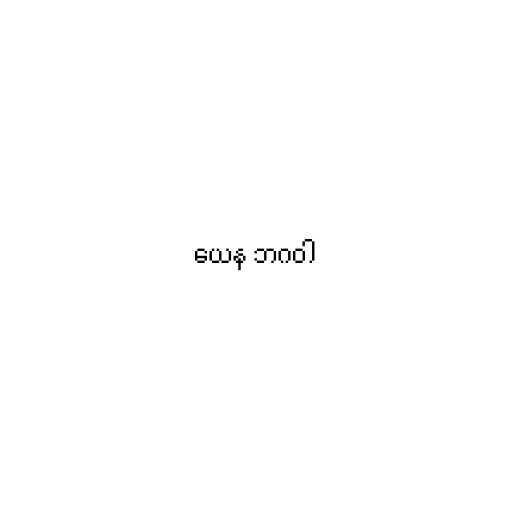
ယေန ဘဂဝါ